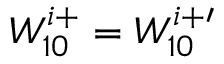
W _ { 1 0 } ^ { i + } = W _ { 1 0 } ^ { i + \prime }